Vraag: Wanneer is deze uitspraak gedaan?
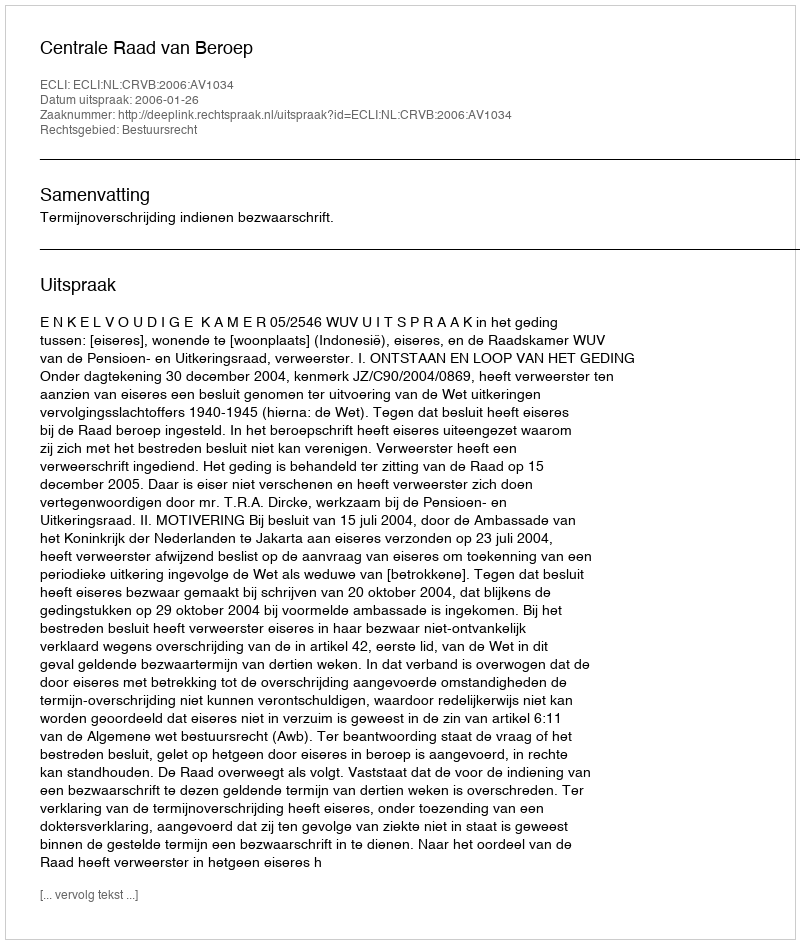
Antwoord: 2006-01-26